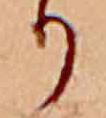
り